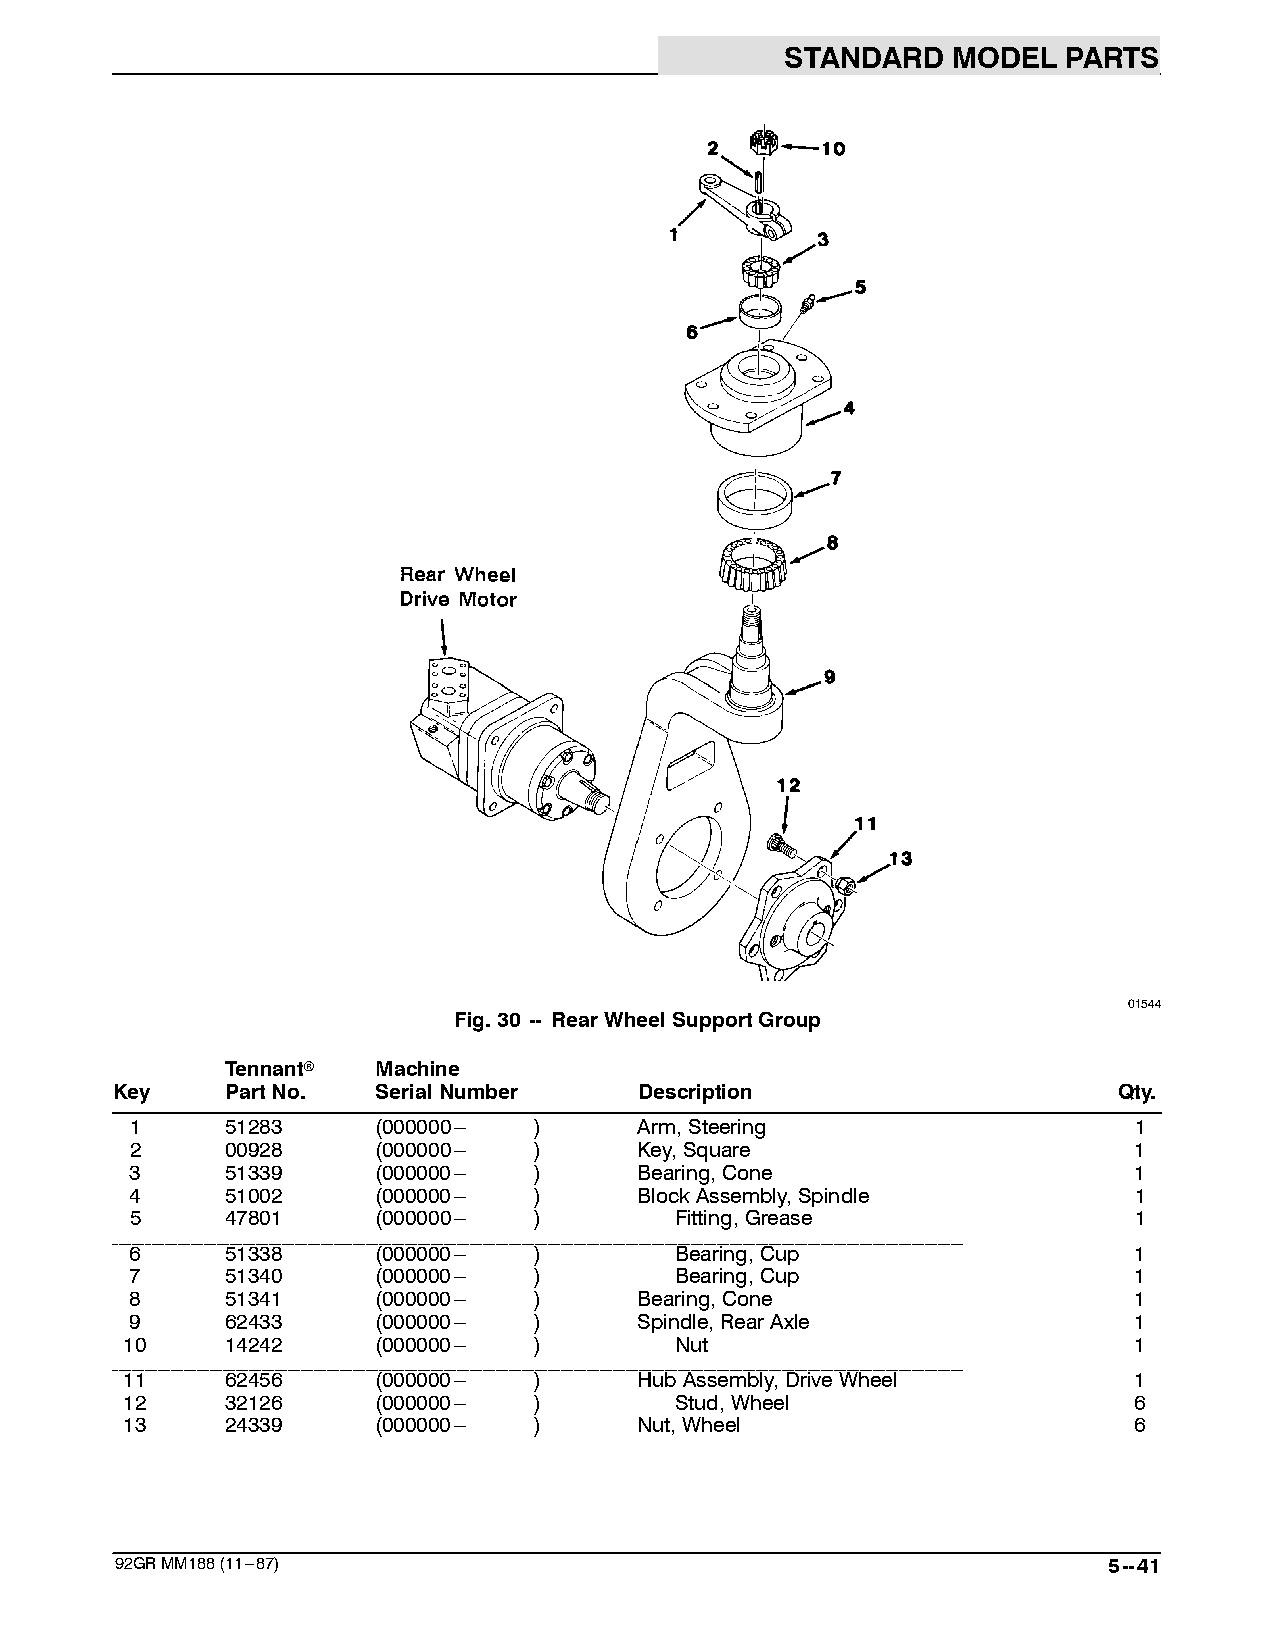
STANDARD   MODEL   PARTS
 01544
 Fig.30 -- RearWheelSupportGroup
 Tennantr  Machine
 Key     PartNo.   SerialNumber     Description                     Qty.
 1     51283     (000000--- )     Arm,Steering                     1
 2     00928     (000000--- )     Key,Square                       1
 3     51339     (000000--- )     Bearing,Cone                     1
 4     51002     (000000--- )     BlockAssembly,Spindle            1
 5     47801     (000000--- )        Fitting,Grease                1
 ___________________________________________________________________________________________________________________________________
 6     51338     (000000--- )        Bearing,Cup                   1
 7     51340     (000000--- )        Bearing,Cup                   1
 8     51341     (000000--- )     Bearing,Cone                     1
 9     62433     (000000--- )     Spindle,RearAxle                 1
 10     14242     (000000--- )        Nut                           1
 ___________________________________________________________________________________________________________________________________
 11     62456     (000000--- )     HubAssembly,DriveWheel           1
 12     32126     (000000--- )        Stud,Wheel                    6
 13     24339     (000000--- )     Nut,Wheel                        6
 92GRMM188(11---87)                                               5--41